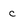
Character: c